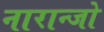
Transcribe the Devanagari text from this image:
नारान्जो